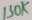
Text: 130K